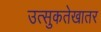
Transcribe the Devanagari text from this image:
उत्सुकतेखातर